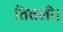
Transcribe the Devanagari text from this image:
तितली।